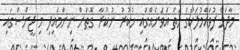
މާދަމާ ފުވައްމުލަކުގެ ހަތް އަވަށެއްގައި ހުކުރު ނުކުރާ ގޮތަށް ނިންމައިފި މި ޖީންސްގައި